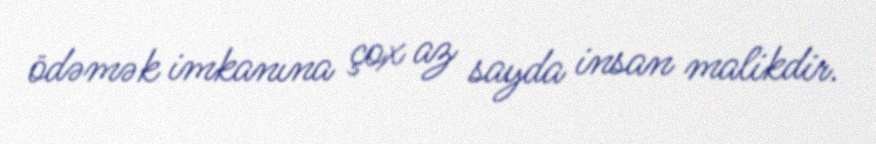
ödəmək imkanına çox az sayda insan malikdir.